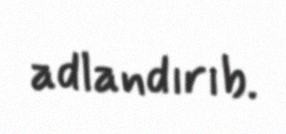
adlandırıb.